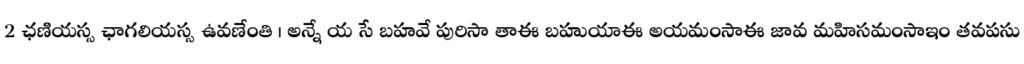
2 ఛణియస్స ఛాగలియస్స ఉవణేంతి । అన్నే య సే బహవే పురిసా తాఈ బహుయాఈ అయమంసాఈ జావ మహిసమంసాఇం తవపసు